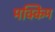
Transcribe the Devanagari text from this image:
मक्किम